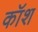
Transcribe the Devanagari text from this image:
कॉश